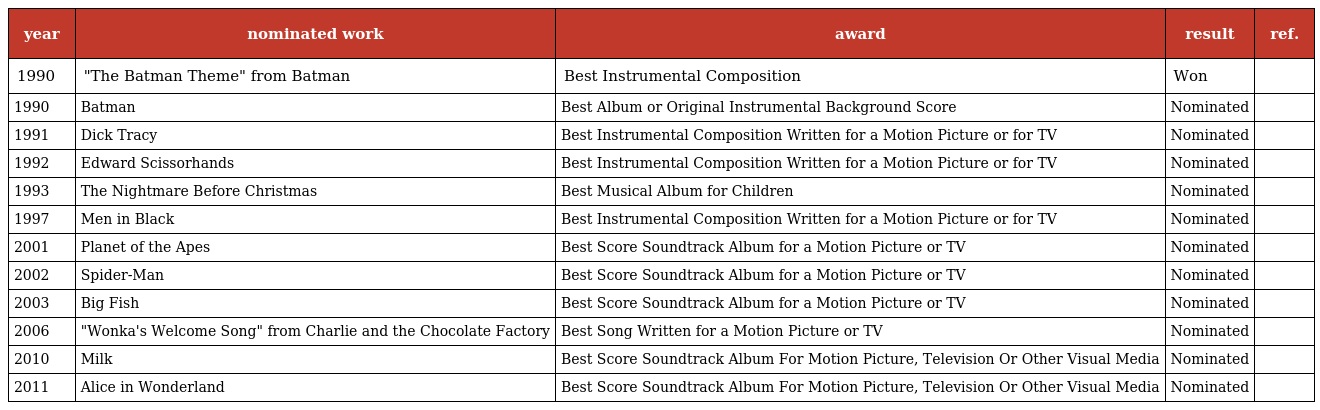
| year | nominated work | award | result | ref. |
 | --- | --- | --- | --- | --- |
 | 1990 | "The Batman Theme" from Batman | Best Instrumental Composition | Won |  |
 | 1990 | Batman | Best Album or Original Instrumental Background Score | Nominated |  |
 | 1991 | Dick Tracy | Best Instrumental Composition Written for a Motion Picture or for TV | Nominated |  |
 | 1992 | Edward Scissorhands | Best Instrumental Composition Written for a Motion Picture or for TV | Nominated |  |
 | 1993 | The Nightmare Before Christmas | Best Musical Album for Children | Nominated |  |
 | 1997 | Men in Black | Best Instrumental Composition Written for a Motion Picture or for TV | Nominated |  |
 | 2001 | Planet of the Apes | Best Score Soundtrack Album for a Motion Picture or TV | Nominated |  |
 | 2002 | Spider-Man | Best Score Soundtrack Album for a Motion Picture or TV | Nominated |  |
 | 2003 | Big Fish | Best Score Soundtrack Album for a Motion Picture or TV | Nominated |  |
 | 2006 | "Wonka's Welcome Song" from Charlie and the Chocolate Factory | Best Song Written for a Motion Picture or TV | Nominated |  |
 | 2010 | Milk | Best Score Soundtrack Album For Motion Picture, Television Or Other Visual Media | Nominated |  |
 | 2011 | Alice in Wonderland | Best Score Soundtrack Album For Motion Picture, Television Or Other Visual Media | Nominated |  |